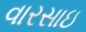
વારસાઇ